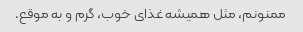
ممنونم، مثل همیشه غذای خوب، گرم و به موقع.